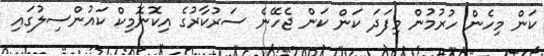
ކަން މިހެން ހުރުމުން މިފަދަ ކަން ކަން ޖެހޭނެ ސަރުކާރުގެ އިކޮނޮމިކް ކައުންސިލުގައި